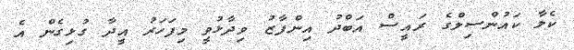
ކެލާ ކައުންސިލްގެ ރައީސް އަބްދު އިންފާޒު ވިދާޅުވީ މިފަހަރު އީދާ ގުޅިގެން އެ